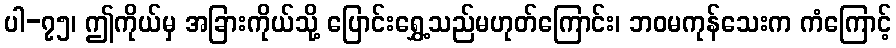
ပါ-၇၅၊ ဤကိုယ်မှ အခြားကိုယ်သို့ ပြောင်းရွှေ့သည်မဟုတ်ကြောင်း၊ ဘဝမကုန်သေးက ကံကြောင့်